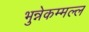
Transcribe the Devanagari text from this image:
भुन्नेकम्मल्ल